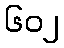
၆၀၂